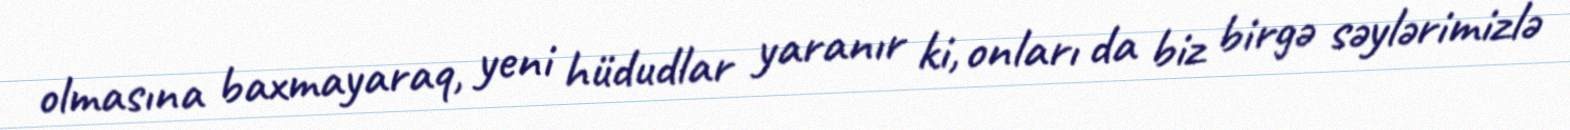
olmasına baxmayaraq, yeni hüdudlar yaranır ki, onları da biz birgə səylərimizlə